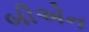
બીએન